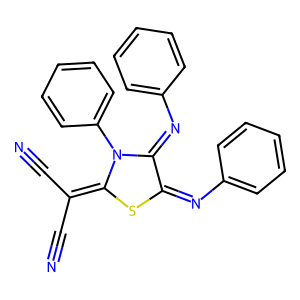
SMILES: N#CC(C#N)=C1SC(=Nc2ccccc2)C(=Nc2ccccc2)N1c1ccccc1
Inhibits HIV replication: No